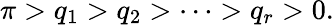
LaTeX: \pi>q_{1}>q_{2}>\cdots>q_{r}>0.